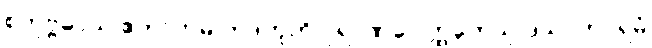
စတုဗ္ဗိဓာယ ဧကာဟမ္ပိ တဒဟူတိ ပုရာဏပေါတ္ထကေသု ဒသာဟပရမံ